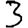
Digit: 3